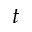
t